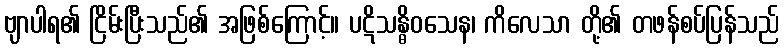
ဗျာပါရ၏ ငြိမ်းပြီးသည်၏ အဖြစ်ကြောင့်။ ပဋိသန္ဓိဝသေန၊ ကိလေသာ တို့၏ တဖန်စပ်ပြန်သည်